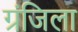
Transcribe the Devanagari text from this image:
ग्रंजिला